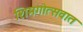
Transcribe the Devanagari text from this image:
शिमगोत्सवात